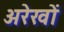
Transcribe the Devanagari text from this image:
अरेखों